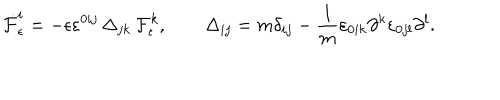
\dot { \cal F } _ { \epsilon } ^ { i } = - \epsilon \varepsilon ^ { 0 i j } \, \Delta _ { j k } \, { \cal F } _ { \epsilon } ^ { k } , \qquad \Delta _ { i j } = m \delta _ { i j } - \frac { 1 } { m } \varepsilon _ { 0 i k } \partial ^ { k } \varepsilon _ { 0 j l } \partial ^ { l } .